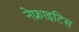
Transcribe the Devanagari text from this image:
नेफ्राइटिस